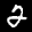
Label: 2